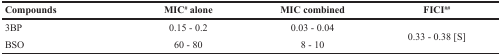
| Compounds | MIC# alone | MIC combined | FICI## |
 | --- | --- | --- | --- |
 | 3BP | 0.15 − 0.2 | 0.03 − 0.04 | <ROWSPAN=2> 0.33 − 0.38 [S] |
 | BSO | 60 − 80 | 8 − 10 |